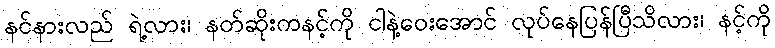
နင်နားလည် ရဲ့လား၊ နတ်ဆိုးကနင့်ကို ငါနဲ့ဝေးအောင် လုပ်နေပြန်ပြီသိလား၊ နင့်ကို